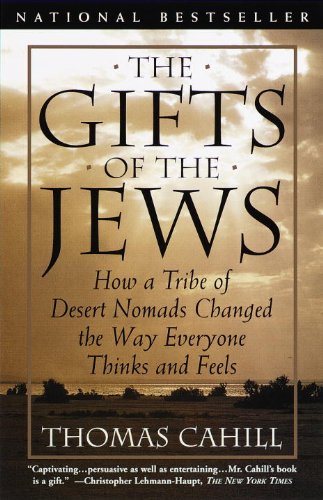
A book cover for The Gifts of the Jews: How a Tribe of Desert Nomads Changed the Way Everyone Thinks and Feels (Hinges of History); Thomas Cahill; History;